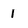
Character: 1